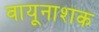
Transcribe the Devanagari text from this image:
वायूनाशक